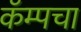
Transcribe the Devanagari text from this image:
कॅम्पचा